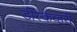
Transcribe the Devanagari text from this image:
डीस्कव्हरी